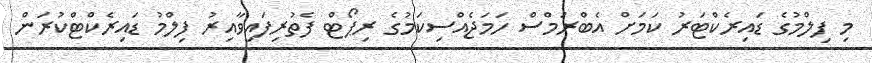
މި ފިލްމުގެ ޑައިރެކްޓަރު ކަމަށް އެބްރަމްސް ހަމަޖެއްސިކަމުގެ ރިޕޯޓް ފެތުރިފައިވާއިރު ފިލްމު ޑައިރެކްޓްކުރަން